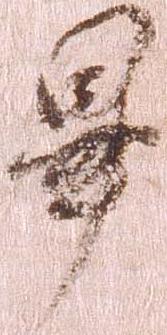
畢